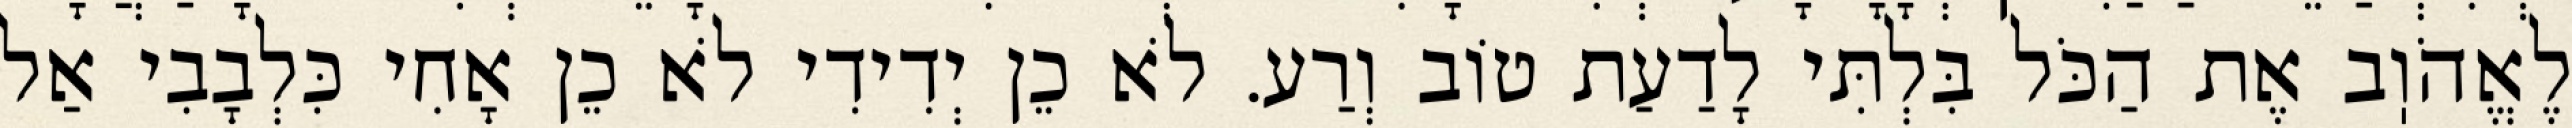
לֶאֱהֹוֽב אֶת הַכֹּל בִּלְתִּי לָדַעַת טוֹב וְרַע. לֹא כֵן יְדִידִי לֹא כֵן אָחִי כִּלְבָבִי אַל